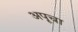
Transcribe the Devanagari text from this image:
अपूचा